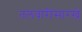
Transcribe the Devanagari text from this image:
तलवारीसारखे